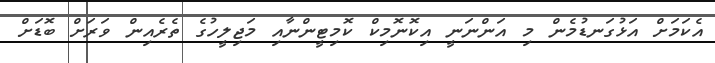
އެކަމަށް އަޅުގަނޑުމެން މި އަންނަނީ އިކޮނޮމިކް ކޮމިޓީންނާއި މަޖިލީހުގެ ތެރެއިން ވަރަށް ބޮޑަށް